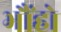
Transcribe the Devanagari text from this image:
भौंहो